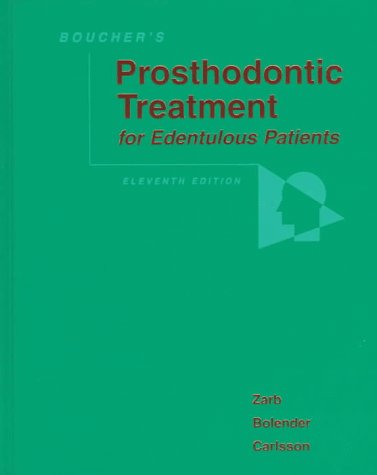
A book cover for Boucher's Prosthodontic Treatment for Edentulous Patients (11th Edition); George A. Zarb BchD(Malta)  DDS  MS(Michigan)  FRCD(Canada); Medical Books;